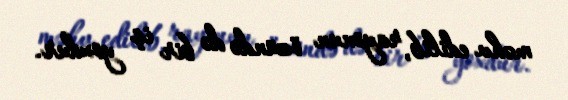
məhv edilib, rayonun özündə də bir iş yoxdur.